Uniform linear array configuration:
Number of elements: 32
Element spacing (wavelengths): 0.75
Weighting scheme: exponential
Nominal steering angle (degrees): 30
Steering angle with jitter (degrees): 29.649
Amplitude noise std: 0.05
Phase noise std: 0.05

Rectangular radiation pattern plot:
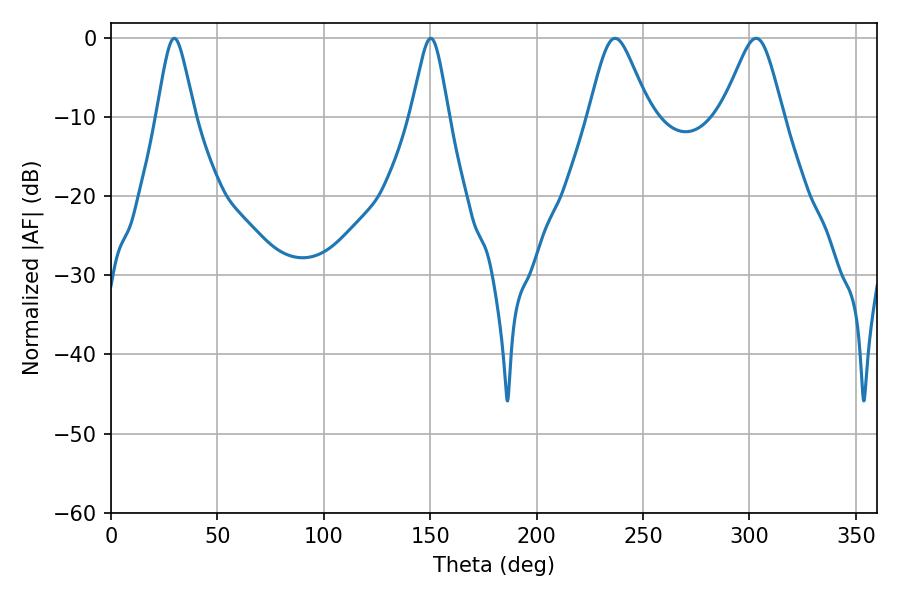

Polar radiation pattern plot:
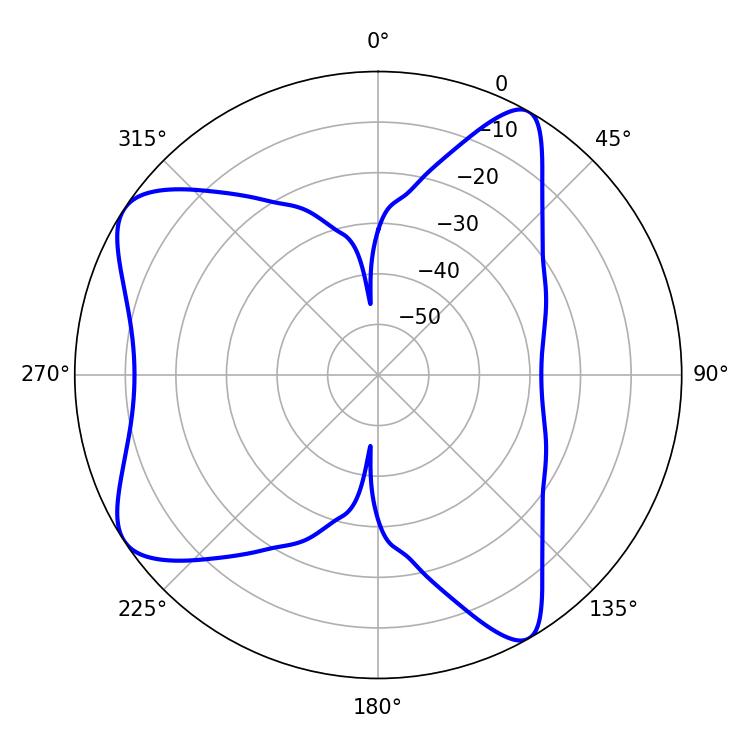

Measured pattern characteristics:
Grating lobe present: TRUE
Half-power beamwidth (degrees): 14.04
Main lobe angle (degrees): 236.88